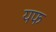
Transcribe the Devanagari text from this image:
यफ